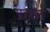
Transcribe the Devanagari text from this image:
प्रहरांत